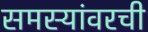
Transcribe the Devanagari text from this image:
समस्यांवरची